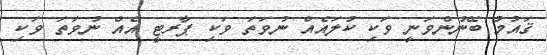
ޤައުމު ބޭނުންވަނީ ވަކި ކުލައެއް ނުވަތަ ވަކި ޕާރޓީ އެއް ނުވަތަ ވަކި